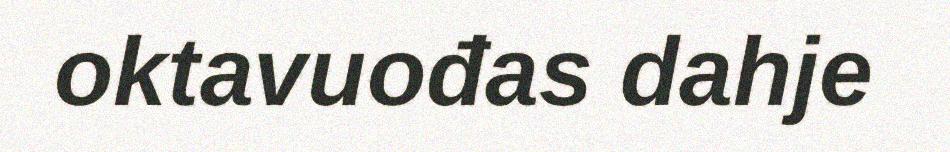
oktavuođas dahje